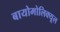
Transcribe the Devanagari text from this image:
बायोमोलिक्यूल